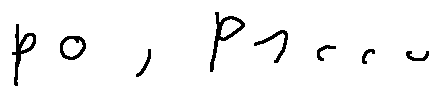
p _ { 0 } , p _ { 1 } \ldots